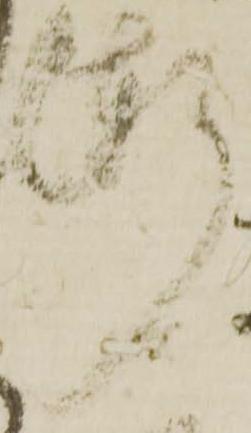
漸